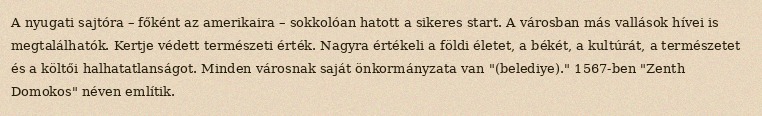
A nyugati sajtóra – főként az amerikaira – sokkolóan hatott a sikeres start. A városban más vallások hívei is megtalálhatók. Kertje védett természeti érték. Nagyra értékeli a földi életet, a békét, a kultúrát, a természetet és a költői halhatatlanságot. Minden városnak saját önkormányzata van "(belediye)." 1567-ben "Zenth Domokos" néven említik.